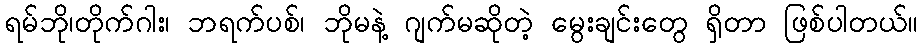
ရမ်ဘို၊တိုက်ဂါး၊ ဘရက်ပစ်၊ ဘိုမနဲ့ ဂျက်မဆိုတဲ့ မွေးချင်းတွေ ရှိတာ ဖြစ်ပါတယ်။